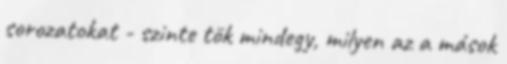
sorozatokat - szinte tök mindegy, milyen az a mások